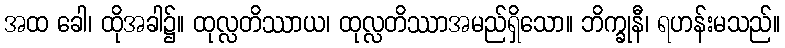
အထ ခေါ၊ ထိုအခါ၌။ ထုလ္လတိဿာယ၊ ထုလ္လတိဿာအမည်ရှိသော။ ဘိက္ခုနီ၊ ရဟန်းမသည်။